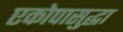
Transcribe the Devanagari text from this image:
एकोपासुद्धा